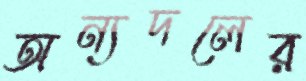
অন্যদলের